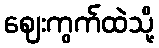
ဈေးကွက်ထဲသို့